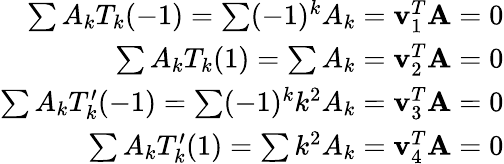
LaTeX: \begin{array}{r}{\sum A_{k}T_{k}(-1)=\sum(-1)^{k}A_{k}=\mathbf{v}_{1}^{T}\mathbf{A}=0}\\ {\sum A_{k}T_{k}(1)=\sum A_{k}=\mathbf{v}_{2}^{T}\mathbf{A}=0}\\ {\sum A_{k}T_{k}^{\prime}(-1)=\sum(-1)^{k}k^{2}A_{k}=\mathbf{v}_{3}^{T}\mathbf{A}=0}\\ {\sum A_{k}T_{k}^{\prime}(1)=\sum k^{2}A_{k}=\mathbf{v}_{4}^{T}\mathbf{A}=0}\end{array}